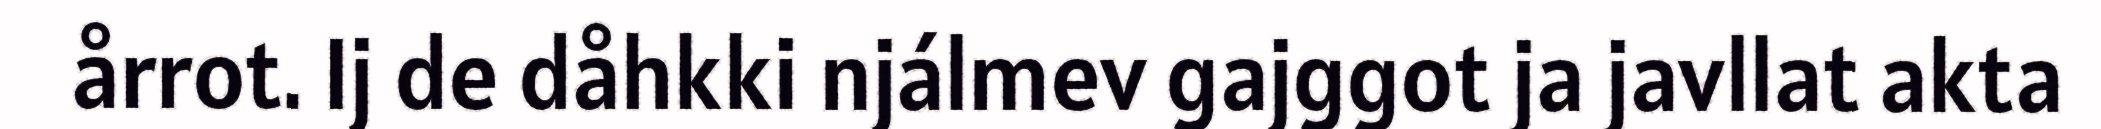
årrot. Ij de dåhkki njálmev gajggot ja javllat akta